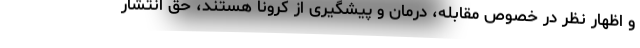
و اظهار نظر در خصوص مقابله، درمان و پیشگیری از کرونا هستند، حق انتشار